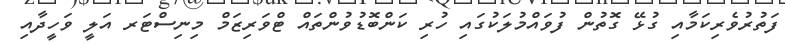
ފަތުރުވެރިކަމާއި ގުޅޭ ގޮތުން ފުވައްމުލަކުގައި ހުރި ކަންބޮޑުވުންތައް ޓްވަރިޒަމް މިނިސްޓަރ އަލީ ވަހީދާއި